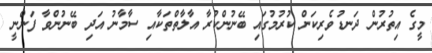
މީގެ އިތުރުން ދަނޑުވެރިކަން ކުރުމުގައި ބޭނުންކުރާ އާލާތްތަކާއި ސާމާނު އަދި ބޭނުންވާ ފަންނީ